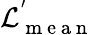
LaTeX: \mathcal{L}_{\mathrm{~m~e~a~n~}}^{'}